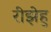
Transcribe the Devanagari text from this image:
रीझेहु